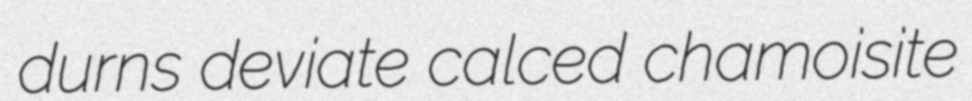
durns deviate calced chamoisite